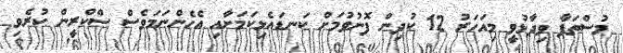
މުސްތަފާ ވިދާޅުވީ މިއަހަރު 12 ކުދިން ފޮނުވުމަށް ކަނޑައެޅިކަމަށާއި އެހެންނަމަވެސް ސްކްރީން ކުރެވި